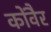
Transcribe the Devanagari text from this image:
कोंवैर